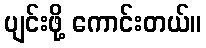
ပျင်းဖို့ ကောင်းတယ်။